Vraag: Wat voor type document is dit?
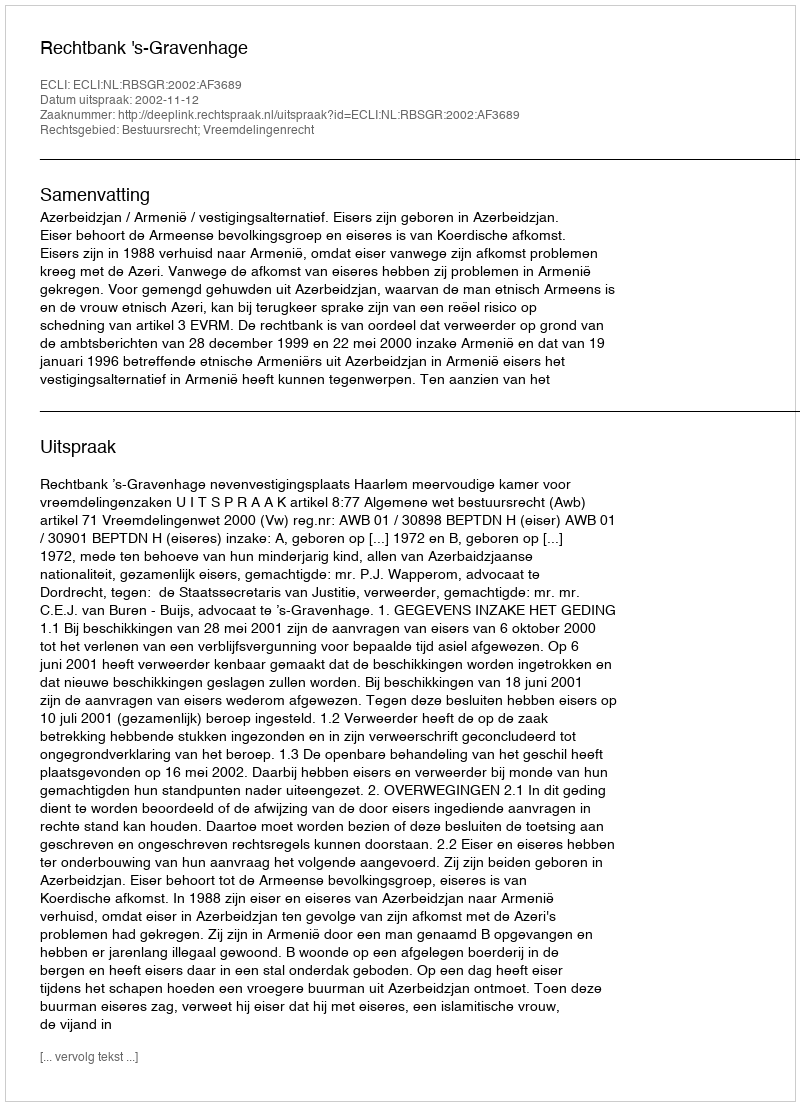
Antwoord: Uitspraak